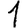
Digit: 1